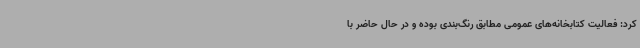
کرد: فعالیت کتابخانه‌های عمومی مطابق رنگ‌بندی بوده و در حال حاضر با